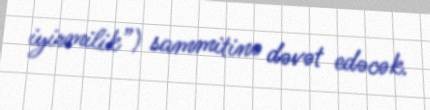
iyirmilik”) sammitinə dəvət edəcək.